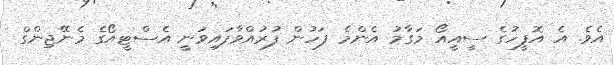
އެވެ. އެ އޮފީހުގެ ސީއީއޯ މަގާމު އެންމެ ފަހުން ފުރުއްވާފައިވަނީ އެސްޓީއޯގެ މެނޭޖިންގް